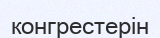
конгрестерін